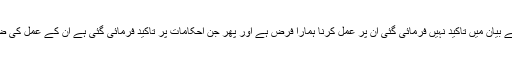
جن احکام کو بیان کرنے کے بعد یا ان کے بیان میں تاکید نہیں فرمائی گئی ان پر عمل کرنا ہمارا فرض ہے اور پھر جن احکامات پر تاکید فرمائی گئی ہے ان کے عمل کی ضرورت پہلی صورت سے بھی زیادہ ہے۔